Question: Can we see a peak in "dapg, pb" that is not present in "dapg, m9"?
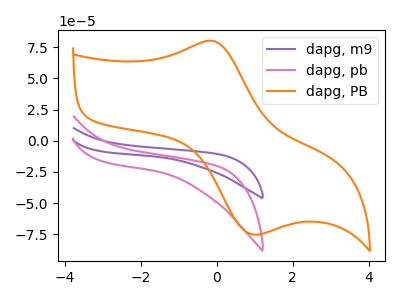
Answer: <think>The purple curve "dapg, m9" has no peaks. The pink curve "dapg, pb" has no peaks. The orange curve "dapg, PB" has an anodic peak at (-0.05V, 79.95uA) and a cathodic peak at (1.00V, -75.25uA).
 Neither "dapg, pb" or "dapg, m9" have any peaks.</think>
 <answer>No, "dapg, pb" and "dapg, m9" don't appear to be significantly different in shape</answer>
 <eval>no_change</eval>